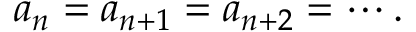
a _ { n } = a _ { n + 1 } = a _ { n + 2 } = \cdots .